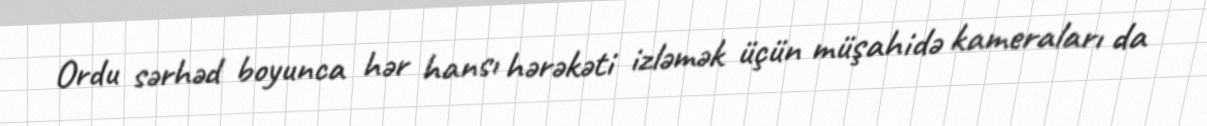
Ordu sərhəd boyunca hər hansı hərəkəti izləmək üçün müşahidə kameraları da